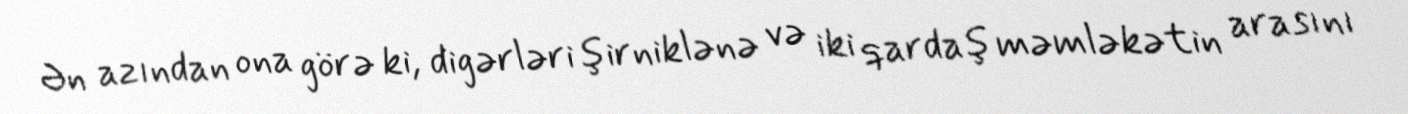
Ən azından ona görə ki, digərləri şirniklənə və iki qardaş məmləkətin arasını